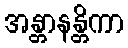
အန္တာနန္တိကာ